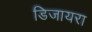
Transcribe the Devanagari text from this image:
डिजायरा